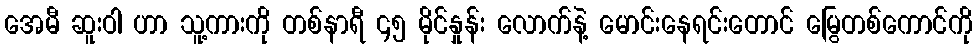
အေမီ ဆူးဝါ ဟာ သူ့ကားကို တစ်နာရီ ၄၅ မိုင်နှုန်း လောက်နဲ့ မောင်းနေရင်းတောင် မြွေတစ်ကောင်ကို